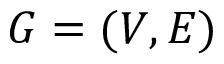
G = ( V , E )